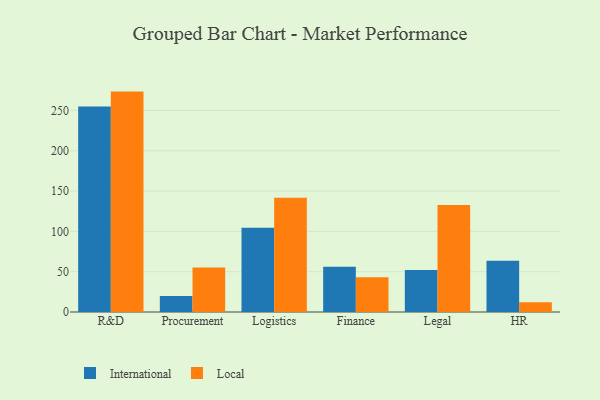
{"axis": {"x": "Department", "y": "Budget (USD K)"}, "legend": ["International", "Local"], "data": [{"x": "R&D", "y": 254.9, "type": "International"}, {"x": "R&D", "y": 273.5, "type": "Local"}, {"x": "Procurement", "y": 20.0, "type": "International"}, {"x": "Procurement", "y": 55.2, "type": "Local"}, {"x": "Logistics", "y": 104.7, "type": "International"}, {"x": "Logistics", "y": 141.9, "type": "Local"}, {"x": "Finance", "y": 56.2, "type": "International"}, {"x": "Finance", "y": 43.2, "type": "Local"}, {"x": "Legal", "y": 52.0, "type": "International"}, {"x": "Legal", "y": 132.8, "type": "Local"}, {"x": "HR", "y": 63.6, "type": "International"}, {"x": "HR", "y": 12.0, "type": "Local"}]}